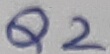
Text: Q2